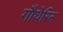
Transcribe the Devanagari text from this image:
गौथेरिन